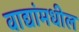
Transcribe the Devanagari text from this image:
वाद्यांमधील